Indian Civil Veterinary Department memoirs
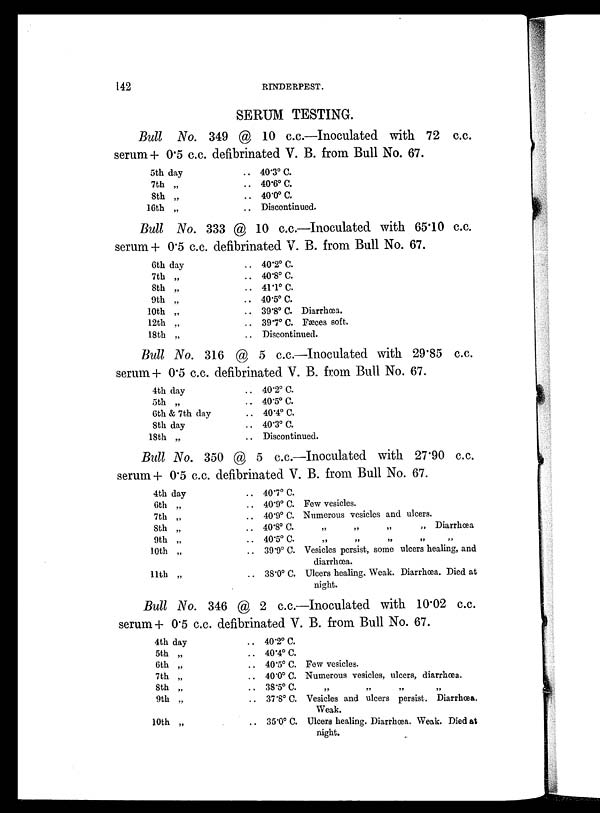
142
RINDERPEST.
SERUM TESTING.
Bull No. 349 @ 10 c.c.—Inoculated with 72 c.c.
serum + 0.5 c.c. defibrinated V. B. from Bull No. 67.
5th day
7th „
8th „
16th „
.. 40.3º C.
.. 40.6º C.
.. 40.0º C.
.. Discontinued.
Bull No. 333 @ 10 c.c.—Inoculated with 65.10 c.c.
serum + 0.5 c.c. defibrinated V. B. from Bull No. 67.
6th day
7th „
8th „
9th „
10th „
12th „
18th „
.. 40.2º C.
.. 40.8º C.
.. 41.1º C.
.. 40.5º C.
.. 39.8º C. Diarrhœa.
.. 39.7º C. Fæces soft.
.. Discontinued.
Bull No. 316 @ 5 c.c.—Inoculated with 29.85 c.c.
serum + 0.5 c.c. defibrinated V. B. from Bull No. 67.
4th day
5th „
6th & 7th day
8th day
18th „
.. 40.2º C.
.. 40.5º C.
.. 40.4º C.
.. 40.3º C.
.. Discontinued.
Bull No. 350 @ 5 c.c.—Inoculated with 27.90 c.c.
serum + 0.5 c.c. defibrinated V. B. from Bull No. 67.
4th day
6th „
7th „
8th „
9th „
10th „
11th „
.. 40.7º C.
.. 40.9º C. Few vesicles.
.. 40.9º C. Numerous vesicles and ulcers.
.. 40.8º C.
„
„
„
„
Diarrhœa
.. 40.5º C. „ „ „ „ „
.. 39.9º C. Vesicles persist, some ulcers healing, and
diarrhoea.
.. 38.0º C. Ulcers healing. Weak. Diarrhœa. Died at
night.
Bull No. 346 @ 2 c.c.—Inoculated with 10.02 c.c.
serum + 0.5 c.c. defibrinated V. B. from Bull No. 67.
4th day
5th „
6th „
7th „
8th „
9th „
10th „
.. 40.2º C.
.. 40.4º C.
.. 40.5º C. Few vesicles.
.. 40.0º C. Numerous vesicles, ulcers, diarrhoea.
.. 38.5º C. „ „ „ „ „
.. 37.8º C. Vesicles and ulcers persist. Diarrhœa.
Weak.
.. 35.0º C. Ulcers healing. Diarrhœa. Weak. Died at
night.